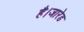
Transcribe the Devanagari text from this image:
है।जारेड